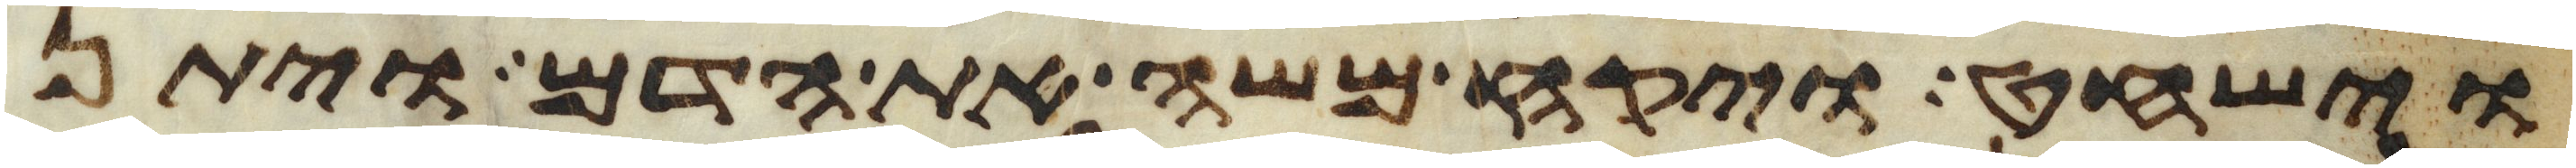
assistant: וישחט ויקח משה את הדם ויתן